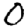
Digit: 0